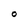
Character: O